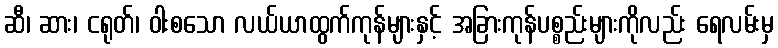
ဆီ၊ ဆား၊ ငရုတ်၊ ဝါးစသော လယ်ယာထွက်ကုန်များနှင့် အခြားကုန်ပစ္စည်းများကိုလည်း ရေလမ်းမှ